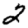
Digit: 2